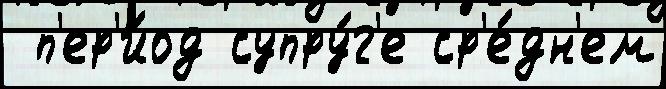
 п'ер'и́од супру́г'е ср'е́дн'ем